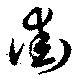
街